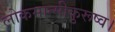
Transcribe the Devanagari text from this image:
लोकमात्मीकुरूष्व।